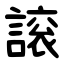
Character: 䜇